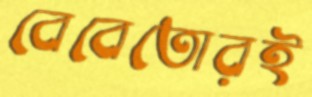
বেবেতোরই